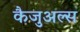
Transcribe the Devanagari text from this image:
कैजुअल्स